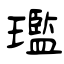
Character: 璼